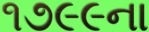
૧૭૯૯ના